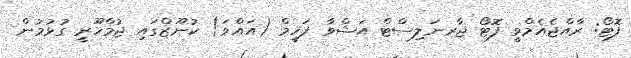
ފޮޓޯ: ރާއްޖެއެމްވީ ފޮޓޯ ޖާރނަލިސްޓް އަޝްވާ ފަހީމް (އައްވަ) ކުނޫޒްގައި ޖުމްހޫރީ ގުޅުމުން